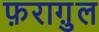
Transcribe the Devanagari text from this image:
फ़रागु़ल